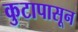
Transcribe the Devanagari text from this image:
कुटापासून